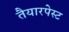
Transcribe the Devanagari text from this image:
तैयारपेस्ट